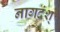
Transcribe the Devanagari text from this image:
नागदंश्